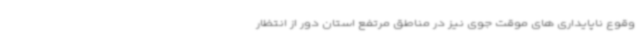
وقوع ناپایداری های موقت جوی نیز در مناطق مرتفع استان دور از انتظار